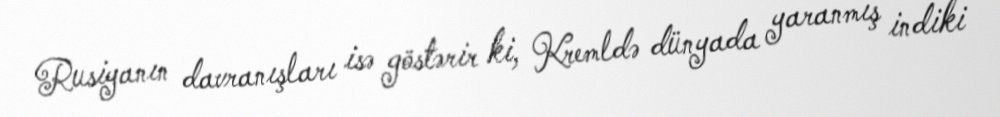
Rusiyanın davranışları isə göstərir ki, Kremldə dünyada yaranmış indiki